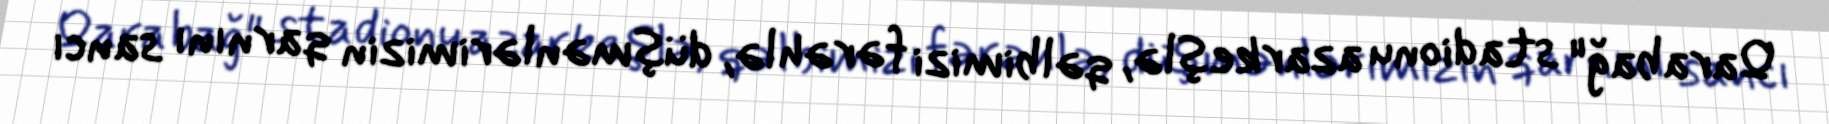
Qarabağ" stadionu azarkeşlə, qəlbimizi fərəhlə, düşmənlərimizin qarnını sancı